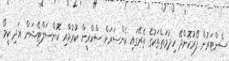
ސެންޓަރުން ފޯރުކޮށްދޭ ހިދުމަތްތަކުގެ ތެރޭގައި ކެންސަރަށް ސްކްރީން ކުރުމާއި ކޮންސަލްޓޭޝަން އަދި ކީމޯ